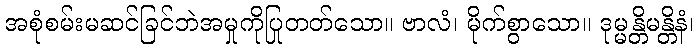
အစုံစမ်းမဆင်ခြင်ဘဲအမှုကိုပြုတတ်သော။ ဗာလံ၊ မိုက်စွာသော။ ဒုမ္မန္တိမန္တိနံ၊